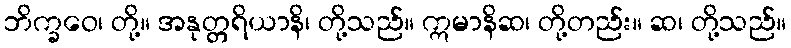
ဘိက္ခဝေ၊ တို့။ အနုတ္တရိယာနိ၊ တို့သည်။ ဣမာနိဆ၊ တို့တည်း။ ဆ၊ တို့သည်။